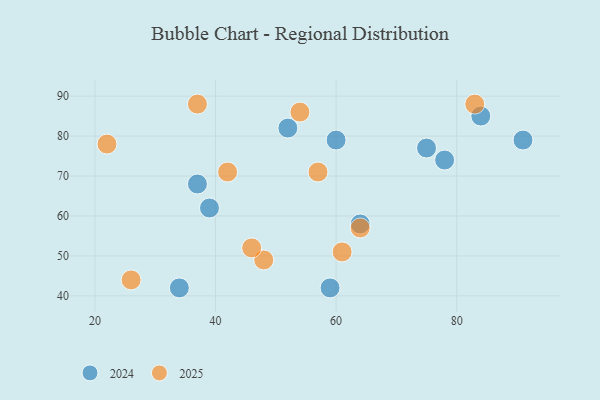
{"axis": {"x": "GDP", "y": "Life Expectancy"}, "legend": ["2024", "2025"], "data": [{"x": "61", "y": 51, "type": "2025"}, {"x": "42", "y": 71, "type": "2025"}, {"x": "48", "y": 49, "type": "2025"}, {"x": "57", "y": 71, "type": "2025"}, {"x": "54", "y": 86, "type": "2025"}, {"x": "46", "y": 52, "type": "2025"}, {"x": "83", "y": 88, "type": "2025"}, {"x": "64", "y": 57, "type": "2025"}, {"x": "22", "y": 78, "type": "2025"}, {"x": "26", "y": 44, "type": "2025"}, {"x": "37", "y": 88, "type": "2025"}, {"x": "60", "y": 79, "type": "2024"}, {"x": "64", "y": 58, "type": "2024"}, {"x": "34", "y": 42, "type": "2024"}, {"x": "52", "y": 82, "type": "2024"}, {"x": "59", "y": 42, "type": "2024"}, {"x": "39", "y": 62, "type": "2024"}, {"x": "84", "y": 85, "type": "2024"}, {"x": "91", "y": 79, "type": "2024"}, {"x": "78", "y": 74, "type": "2024"}, {"x": "75", "y": 77, "type": "2024"}, {"x": "37", "y": 68, "type": "2024"}]}